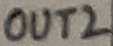
Text: OUT2